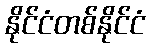
နိုင်ငံတစ်နိုင်ငံ